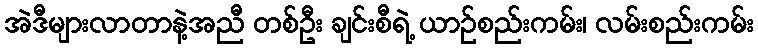
အဲဒီများလာတာနဲ့အညီ တစ်ဦး ချင်းစီရဲ့ ယာဉ်စည်းကမ်း၊ လမ်းစည်းကမ်း